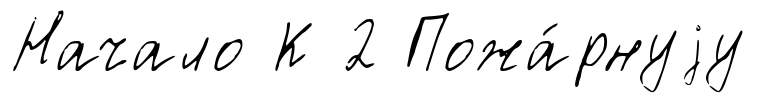
Начало К 2 Пожа́рнуjу